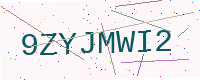
Text: 9ZYJMWI2